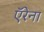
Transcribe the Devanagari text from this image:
ऍरेना